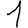
Digit: 1